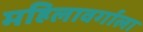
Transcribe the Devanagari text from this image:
महिलावर्गाला